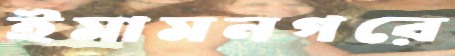
ইমামনগরে